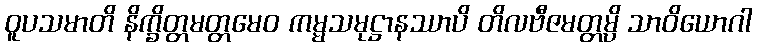
ဝူပသမာတိ နိက္ခိတ္တမတ္တမေဝ ကမ္မသမုဋ္ဌာနဿာပိ တိလဗီဇမတ္တမ္ပိ သာဝိယောဂါ